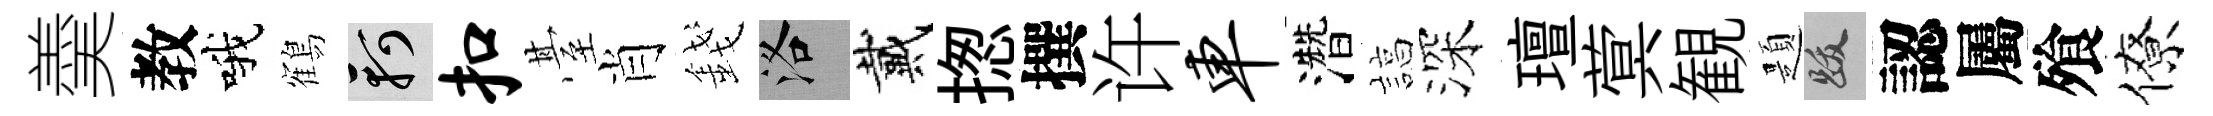
羮教哦鶴軻扣䑓肖錢洛戴揔撰许车濳諄深璮蓂観題跋認屬飱僚